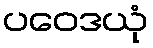
ပဝေဒယုံ